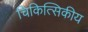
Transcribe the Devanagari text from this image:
चिकित्सिकीय